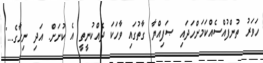
ހަވަރު ތުންފުއްސެއްކަމަށްހަދައި ޞަފިއްޔާ ގާތުގައި ވާހަކަ ދެއްކުނީތީ އެ ކުށަށް. އަދި ނިހާގެ..."